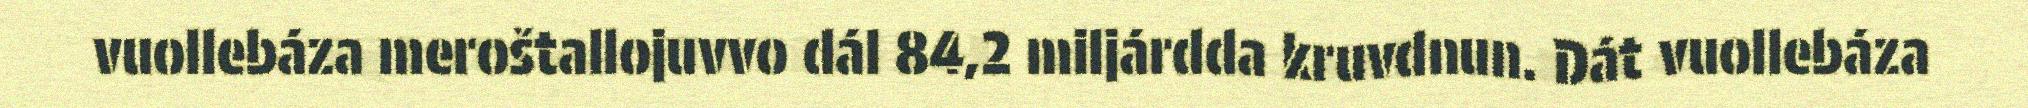
vuollebáza meroštallojuvvo dál 84,2 miljárdda kruvdnun. Dát vuollebáza